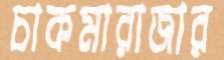
চাকমারাজার